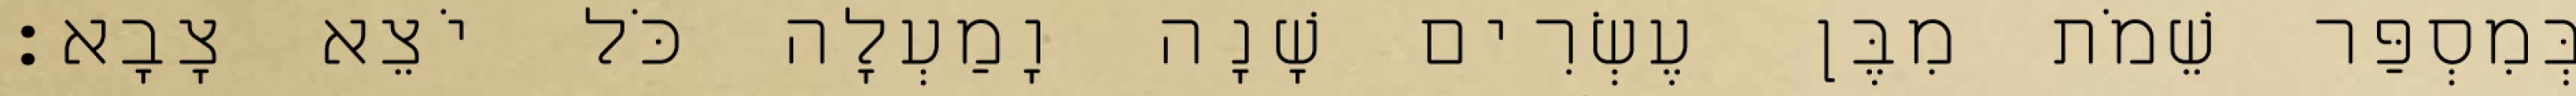
בְּמִסְפַּר שֵׁמֹת מִבֶּן עֶשְׂרִים שָׁנָה וָמַעְלָה כֹּל יֹצֵא צָבָא׃